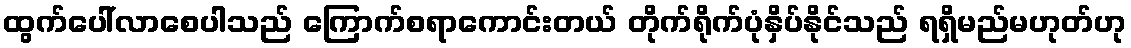
ထွက်ပေါ်လာစေပါသည် ကြောက်စရာကောင်းတယ် တိုက်ရိုက်ပုံနှိပ်နိုင်သည် ရရှိမည်မဟုတ်ဟု